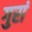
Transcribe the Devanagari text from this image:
गुरां